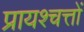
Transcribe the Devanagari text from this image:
प्रायश्चत्तों